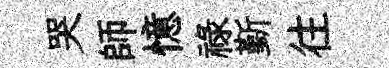
哭師憶祿斳往